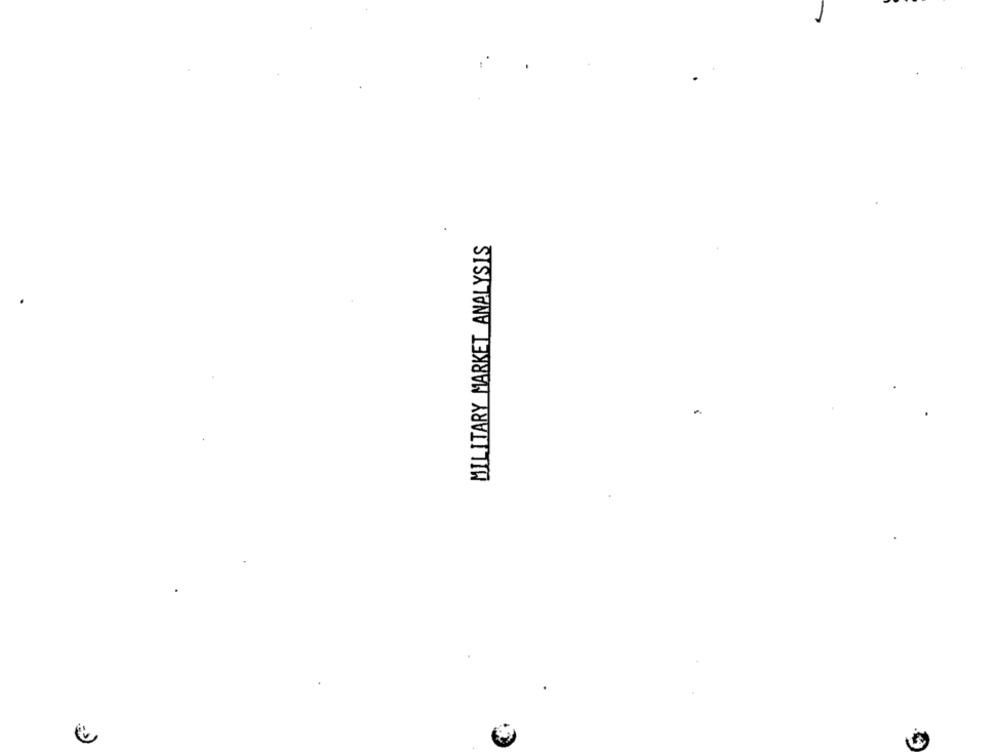
MILITARY MARKET ANALYSIS